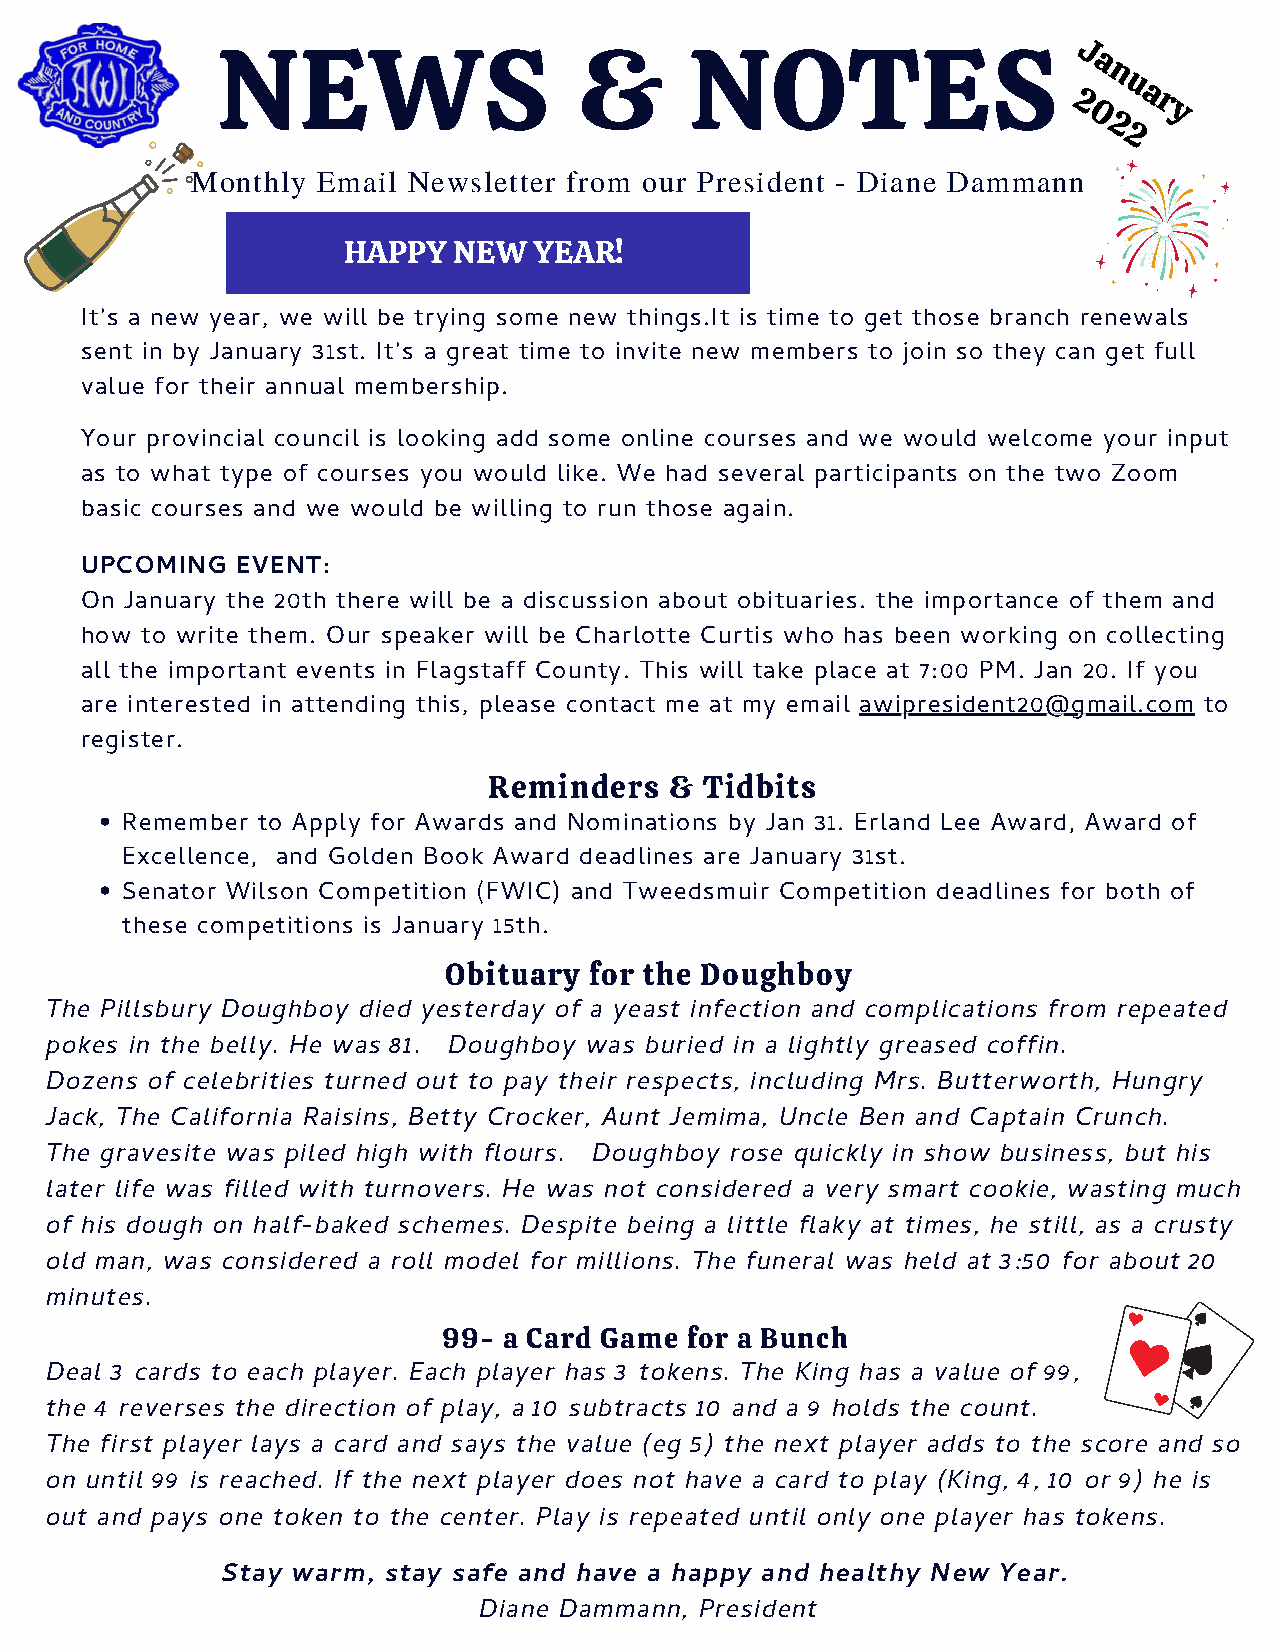
NEWS                    &       NOTES                    J a
 n
 u
 a
 2    r
 0    y
 2
 2
 Monthly Email Newsletter from our President - Diane Dammann
 HAPPY  NEW  YEAR!
 It's a new year, we will be trying some new things.It is time to get those branch renewals
 sent in by January 31st. It's a great time to invite new members to join so they can get full
 value for their annual membership.
 Your provincial council is looking add some online courses and we would welcome your input
 as to what type of courses you would like. We had several participants on the two Zoom
 basic courses and we would be willing to run those again.
 UPCOMING   EVENT:
 On January the 20th there will be a discussion about obituaries. the importance of them and
 how to write them. Our speaker will be Charlotte Curtis who has been working on collecting
 all the important events in Flagstaff County. This will take place at 7:00 PM. Jan 20. If you
 are interested in attending this, please contact me at my email awipresident20@gmail.com to
 register.
 Reminders   &  Tidbits
 Remember to Apply for Awards and Nominations by Jan 31. Erland Lee Award, Award of
 Excellence, and Golden Book Award deadlines are January 31st.
 Senator Wilson Competition (FWIC) and Tweedsmuir Competition deadlines for both of
 these competitions is January 15th.
 Obituary  for the Doughboy
 The Pillsbury Doughboy died yesterday of a yeast infection and complications from repeated
 pokes in the belly. He was 81. Doughboy was buried in a lightly greased coffin.
 Dozens of celebrities turned out to pay their respects, including Mrs. Butterworth, Hungry
 Jack, The California Raisins, Betty Crocker, Aunt Jemima, Uncle Ben and Captain Crunch.
 The gravesite was piled high with flours. Doughboy rose quickly in show business, but his
 later life was filled with turnovers. He was not considered a very smart cookie, wasting much
 of his dough on half-baked schemes. Despite being a little flaky at times, he still, as a crusty
 old man, was considered a roll model for millions. The funeral was held at 3:50 for about 20
 minutes.
 99- a Card Game for a Bunch
 Deal 3 cards to each player. Each player has 3 tokens. The King has a value of 99,
 the 4 reverses the direction of play, a 10 subtracts 10 and a 9 holds the count.
 The first player lays a card and says the value (eg 5) the next player adds to the score and so
 on until 99 is reached. If the next player does not have a card to play (King, 4, 10 or 9) he is
 out and pays one token to the center. Play is repeated until only one player has tokens.
 Stay warm, stay safe and have a happy and healthy New Year.
 Diane Dammann, President